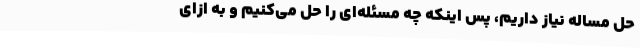
حل مساله نیاز داریم، پس اینکه چه مسئله‌ای را حل می‌کنیم و به ازای